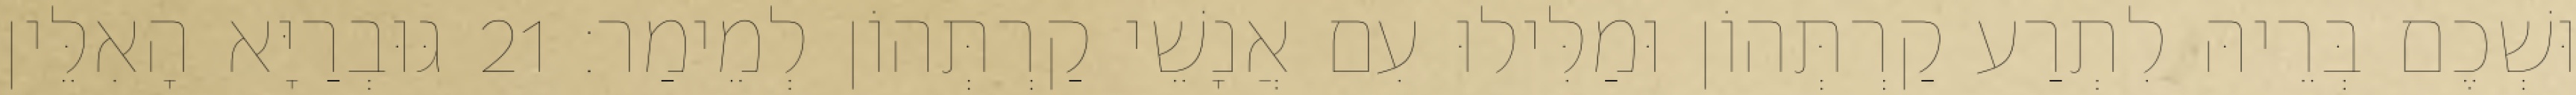
וּשְׁכֶם בְּרֵיהּ לִתְרַע קַרְתְּהוֹן וּמַלִּילוּ עִם אֲנָשֵׁי קַרְתְּהוֹן לְמֵימַר׃ 21 גּוּבְרַיָּא הָאִלֵּין